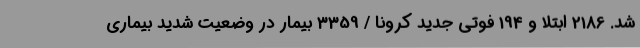
شد. 2186 ابتلا و 194 فوتی جدید کرونا / 3359 بیمار در وضعیت شدید بیماری